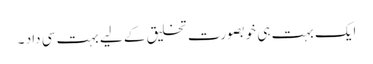
ایک بہت ہی خوبصورت تخلیق کے لیے بہت سی داد ۔